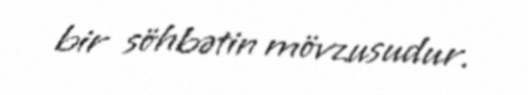
bir söhbətin mövzusudur.